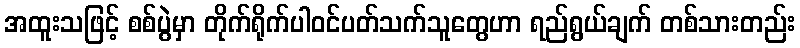
အထူးသဖြင့် စစ်ပွဲမှာ တိုက်ရိုက်ပါဝင်ပတ်သက်သူတွေဟာ ရည်ရွယ်ချက် တစ်သားတည်း